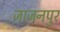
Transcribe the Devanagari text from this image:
जाजनपुर